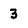
Character: 3